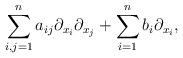
LaTeX: \begin{align*}\sum_{i,j=1}^n a_{ij}\partial_{x_i}\partial_{x_j} + \sum_{i=1}^n b_i \partial_{x_i},\end{align*}